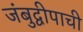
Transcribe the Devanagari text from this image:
जंबुद्वीपाची